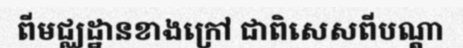
ពីមជ្ឈដ្ឋានខាងក្រៅ ជាពិសេសពីបណ្តា